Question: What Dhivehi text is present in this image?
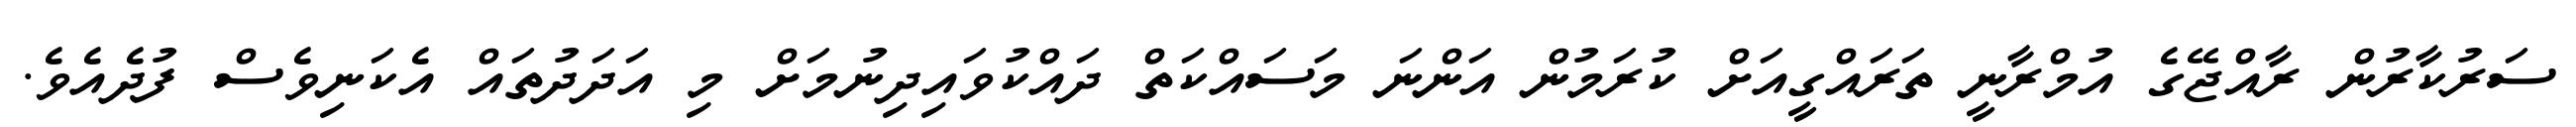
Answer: ސަރުކާރުން ރާއްޖޭގެ އުމްރާނީ ތަރައްގީއަށް ކުރަމުން އަންނަ މަސައްކަތް ދައްކުވައިދިނުމަށް މި އަދަދުތައް އެކަނިވެސް ފުދެއެވެ.